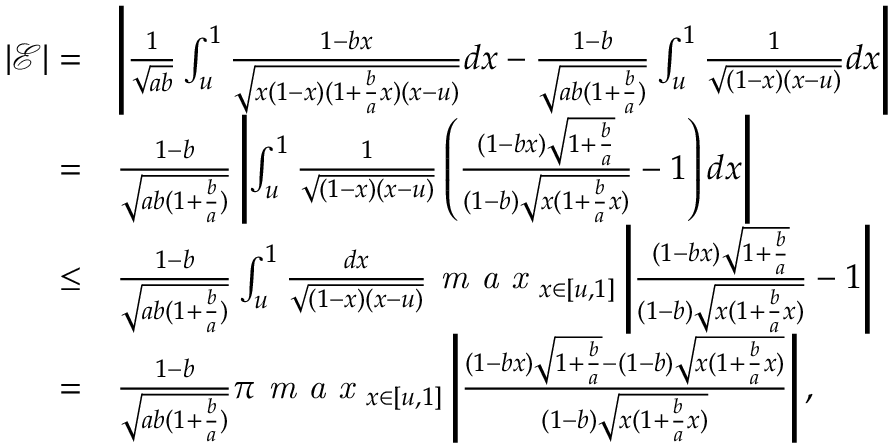
\begin{array} { r l } { | \mathcal { E } | = } & { \left| \frac { 1 } { \sqrt { a b } } \int _ { u } ^ { 1 } \frac { 1 - b x } { \sqrt { x ( 1 - x ) ( 1 + \frac { b } { a } x ) ( x - u ) } } d x - \frac { 1 - b } { \sqrt { a b ( 1 + \frac { b } { a } ) } } \int _ { u } ^ { 1 } \frac { 1 } { \sqrt { ( 1 - x ) ( x - u ) } } d x \right| } \\ { = } & { \frac { 1 - b } { \sqrt { a b ( 1 + \frac { b } { a } ) } } \left| \int _ { u } ^ { 1 } \frac { 1 } { \sqrt { ( 1 - x ) ( x - u ) } } \left( \frac { ( 1 - b x ) \sqrt { 1 + \frac { b } { a } } } { ( 1 - b ) \sqrt { x ( 1 + \frac { b } { a } x ) } } - 1 \right) d x \right| } \\ { \leq } & { \frac { 1 - b } { \sqrt { a b ( 1 + \frac { b } { a } ) } } \int _ { u } ^ { 1 } \frac { d x } { \sqrt { ( 1 - x ) ( x - u ) } } \textit { m a x } _ { x \in [ u , 1 ] } \left| \frac { ( 1 - b x ) \sqrt { 1 + \frac { b } { a } } } { ( 1 - b ) \sqrt { x ( 1 + \frac { b } { a } x ) } } - 1 \right| } \\ { = } & { \frac { 1 - b } { \sqrt { a b ( 1 + \frac { b } { a } ) } } \pi \textit { m a x } _ { x \in [ u , 1 ] } \left| \frac { ( 1 - b x ) \sqrt { 1 + \frac { b } { a } } - ( 1 - b ) \sqrt { x ( 1 + \frac { b } { a } x ) } } { ( 1 - b ) \sqrt { x ( 1 + \frac { b } { a } x ) } } \right| , } \end{array}